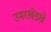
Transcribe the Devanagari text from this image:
उमरखेडचे